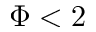
\Phi < 2